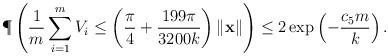
LaTeX: \begin{align*}\P\left( \frac{1}{m}\sum_{i=1}^m V_i \leq \left(\frac{\pi}{4}+\frac{199\pi}{3200k}\right)\|\mathbf{x}\| \right)\leq 2\exp\left(-\frac{c_5 m}{k}\right). \end{align*}